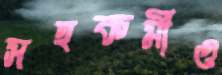
সহকর্মীও